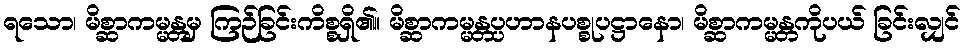
ရသော၊ မိစ္ဆာကမ္မန္တမှ ကြဉ်ခြင်းကိစ္စရှိ၏။ မိစ္ဆာကမ္မန္တပ္ပဟာနပစ္စုပဋ္ဌာနော၊ မိစ္ဆာကမ္မန္တကိုပယ် ခြင်းလျှင်